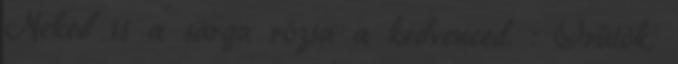
Neked is a sárga rózsa a kedvenced. : Örülök,